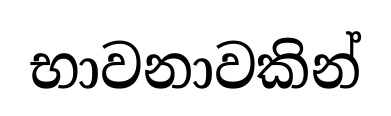
භාවනාවකින්